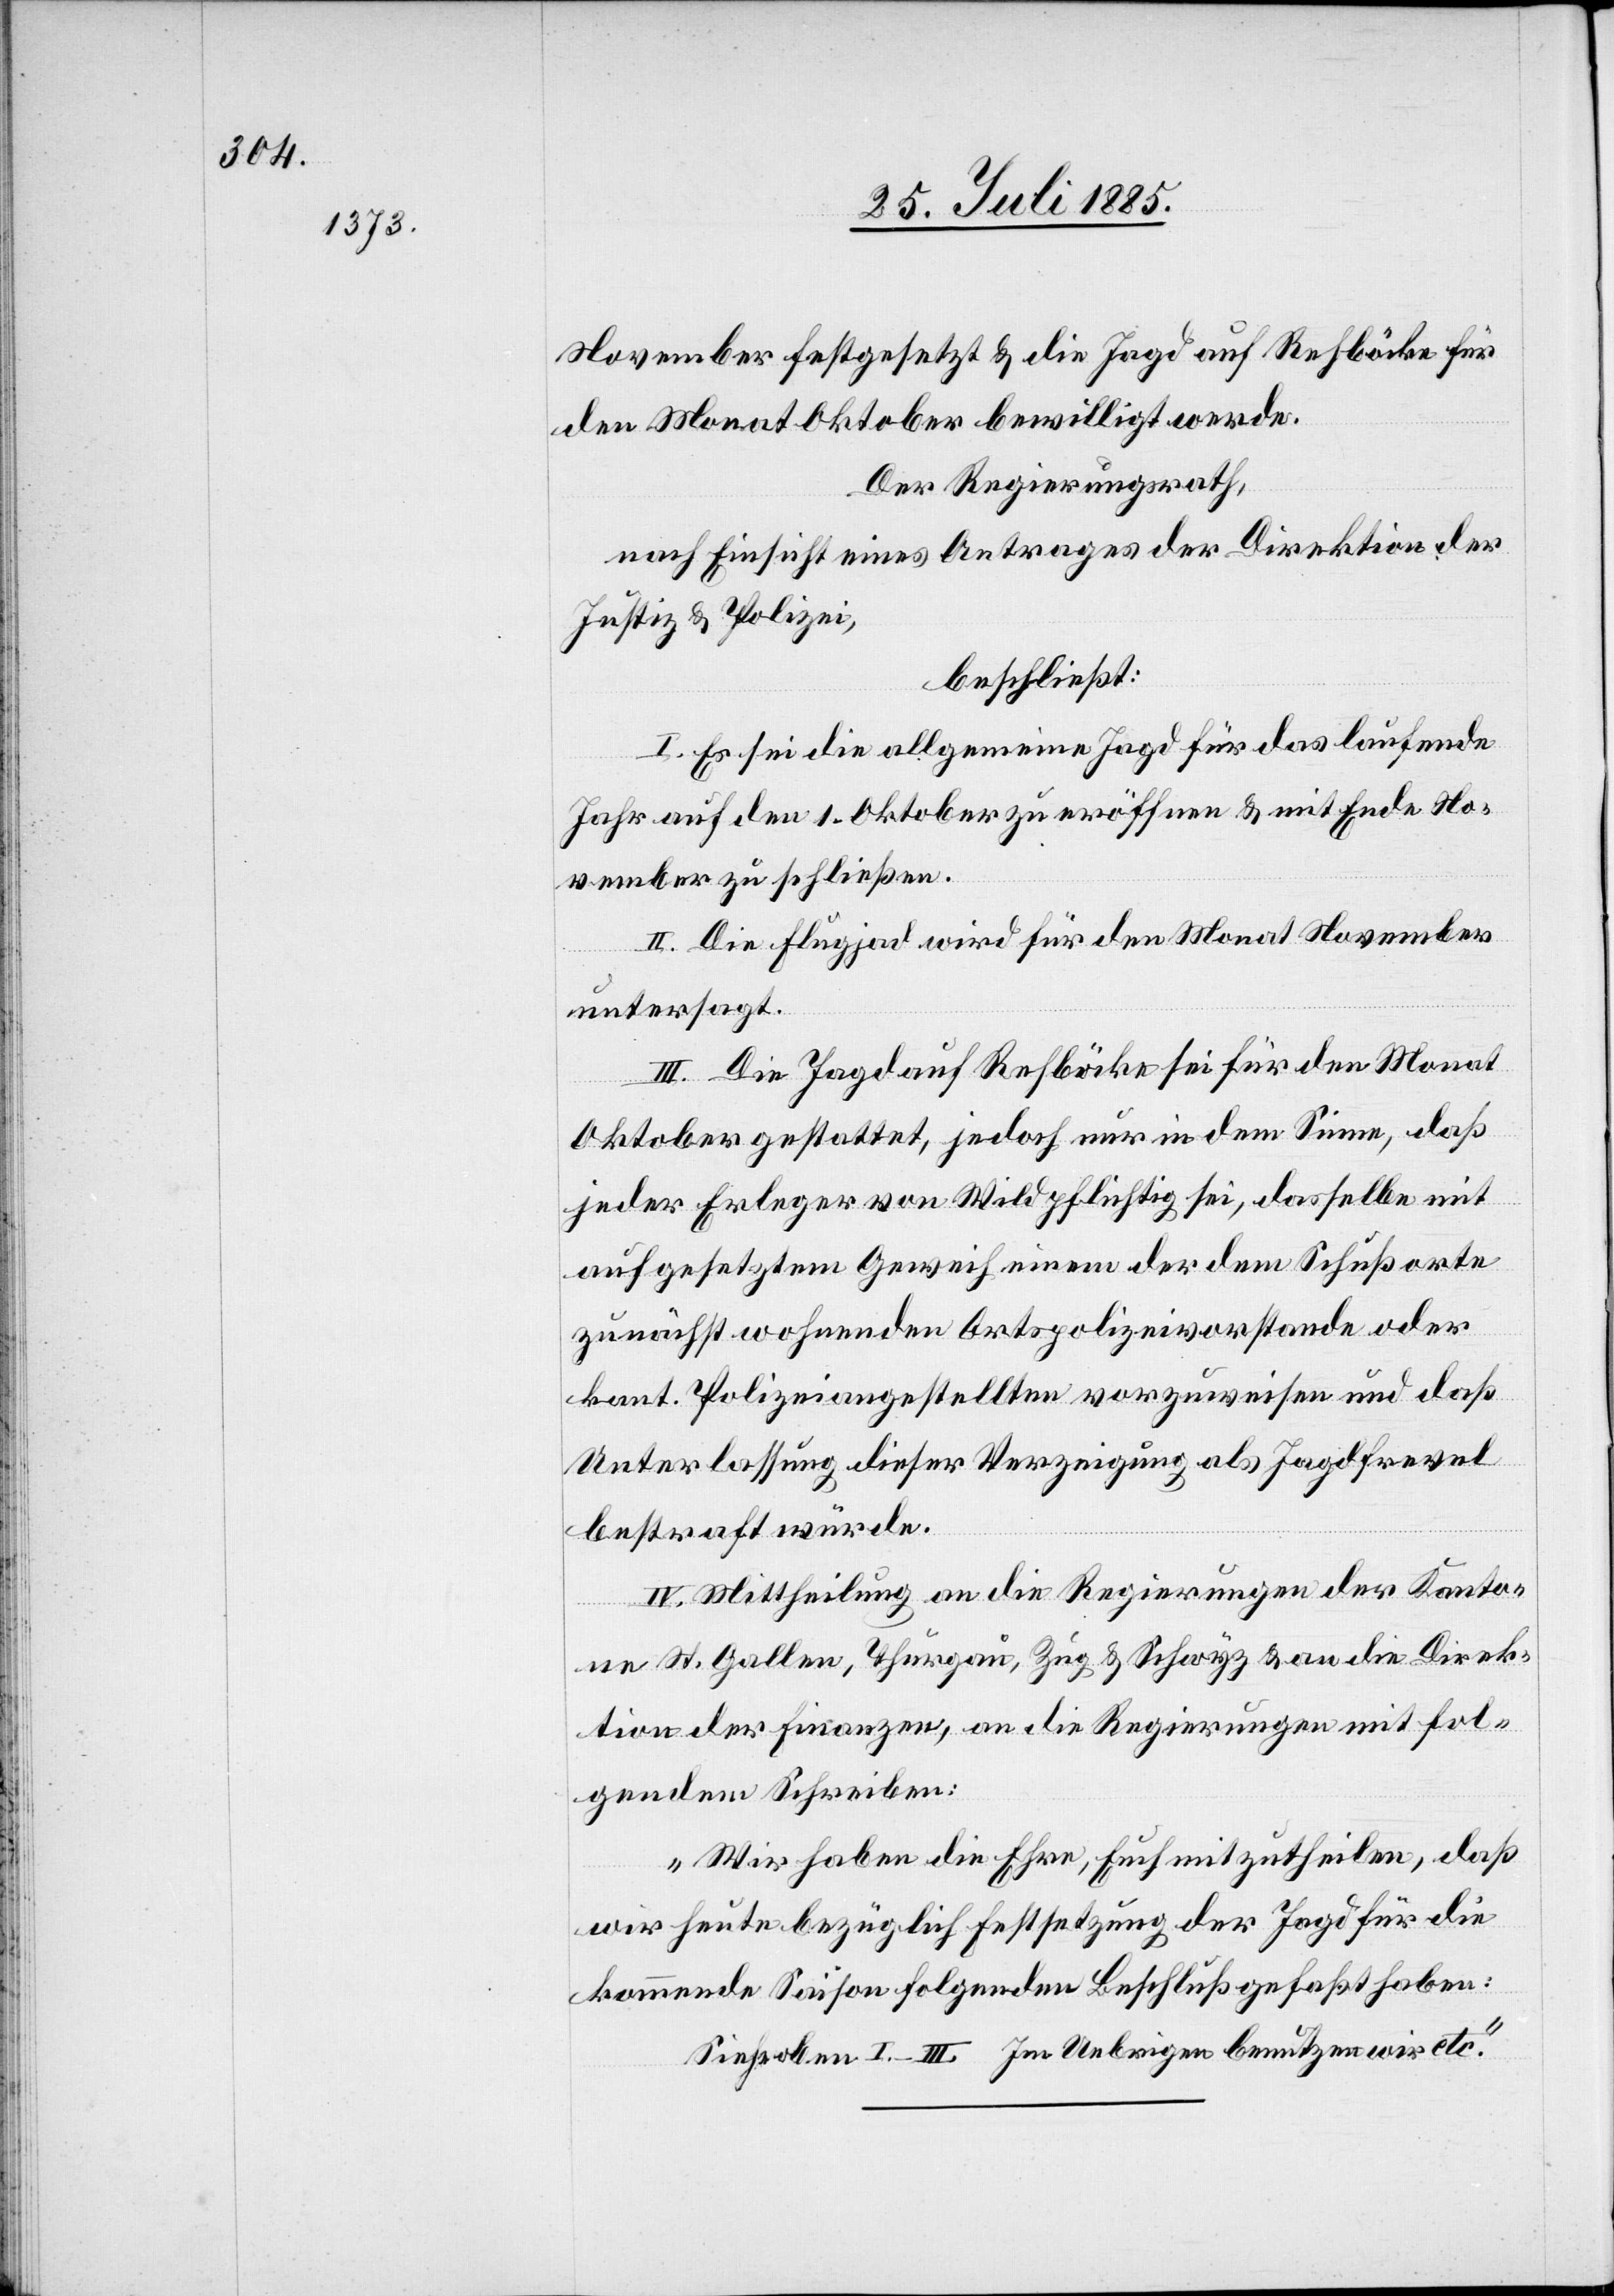
November festgesetzt & die Jagd auf Rehböcke für
den Monat Oktober bewilligt werde.
Der Regierungsrath,
nach Einsicht eines Antrages der Direktion der
Justiz & Polizei,
beschließt:
I. Es sei die allgemeine Jagd für das laufende
Jahr auf den 1. Oktober zu eröffnen & mit Ende No¬
vember zu schließen.
II. Die Flugjagd wird für den Monat November
untersagt.
III. Die Jagd auf Rehböcke sei für den Monat
Oktober gestattet, jedoch nur in dem Sinne, daß
jeder Erleger von Wild pflichtig sei, dasselbe mit
aufgesetztem Geweih einem der dem Schußorte
zunächst wohnenden Ortspolizeivorstande oder
kant. Polizeiangestellten vorzuweisen und daß
Unterlassung dieser Verzeigung als Jagdfrevel
bestraft würde.
IV. Mittheilung an die Regierungen der Kanto¬
ne St. Gallen, Thurgau, Zug & Schwyz & an die Direk¬
tion der Finanzen, an die Regierungen mit fol¬
gendem Schreiben:
„Wir haben die Ehre, Euch mitzutheilen, daß
wir heute bezüglich Festsetzung der Jagd für die
kommende Saison folgenden Beschluß gefaßt haben:
Siehe oben I.–III. Im Uebrigen benutzen wir etc.“